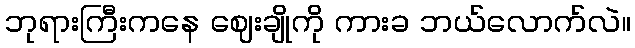
ဘုရားကြီးကနေ ဈေးချိုကို ကားခ ဘယ်လောက်လဲ။